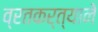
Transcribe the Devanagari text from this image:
व्रतकर्त्याने